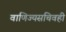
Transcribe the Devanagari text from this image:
वाणिज्यसचिवही